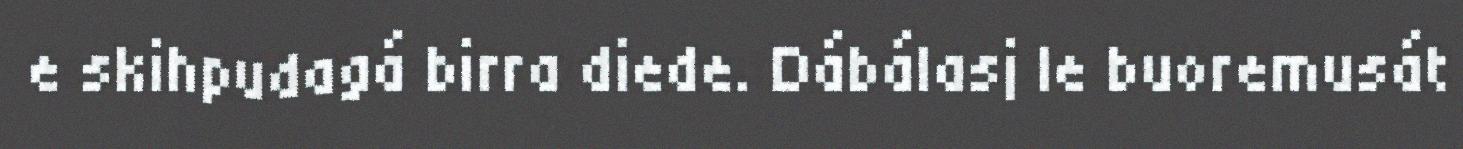
e skihpudagá birra diede. Dábálasj le buoremusát